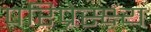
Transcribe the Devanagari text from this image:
परिप्रेस्क्ष्य